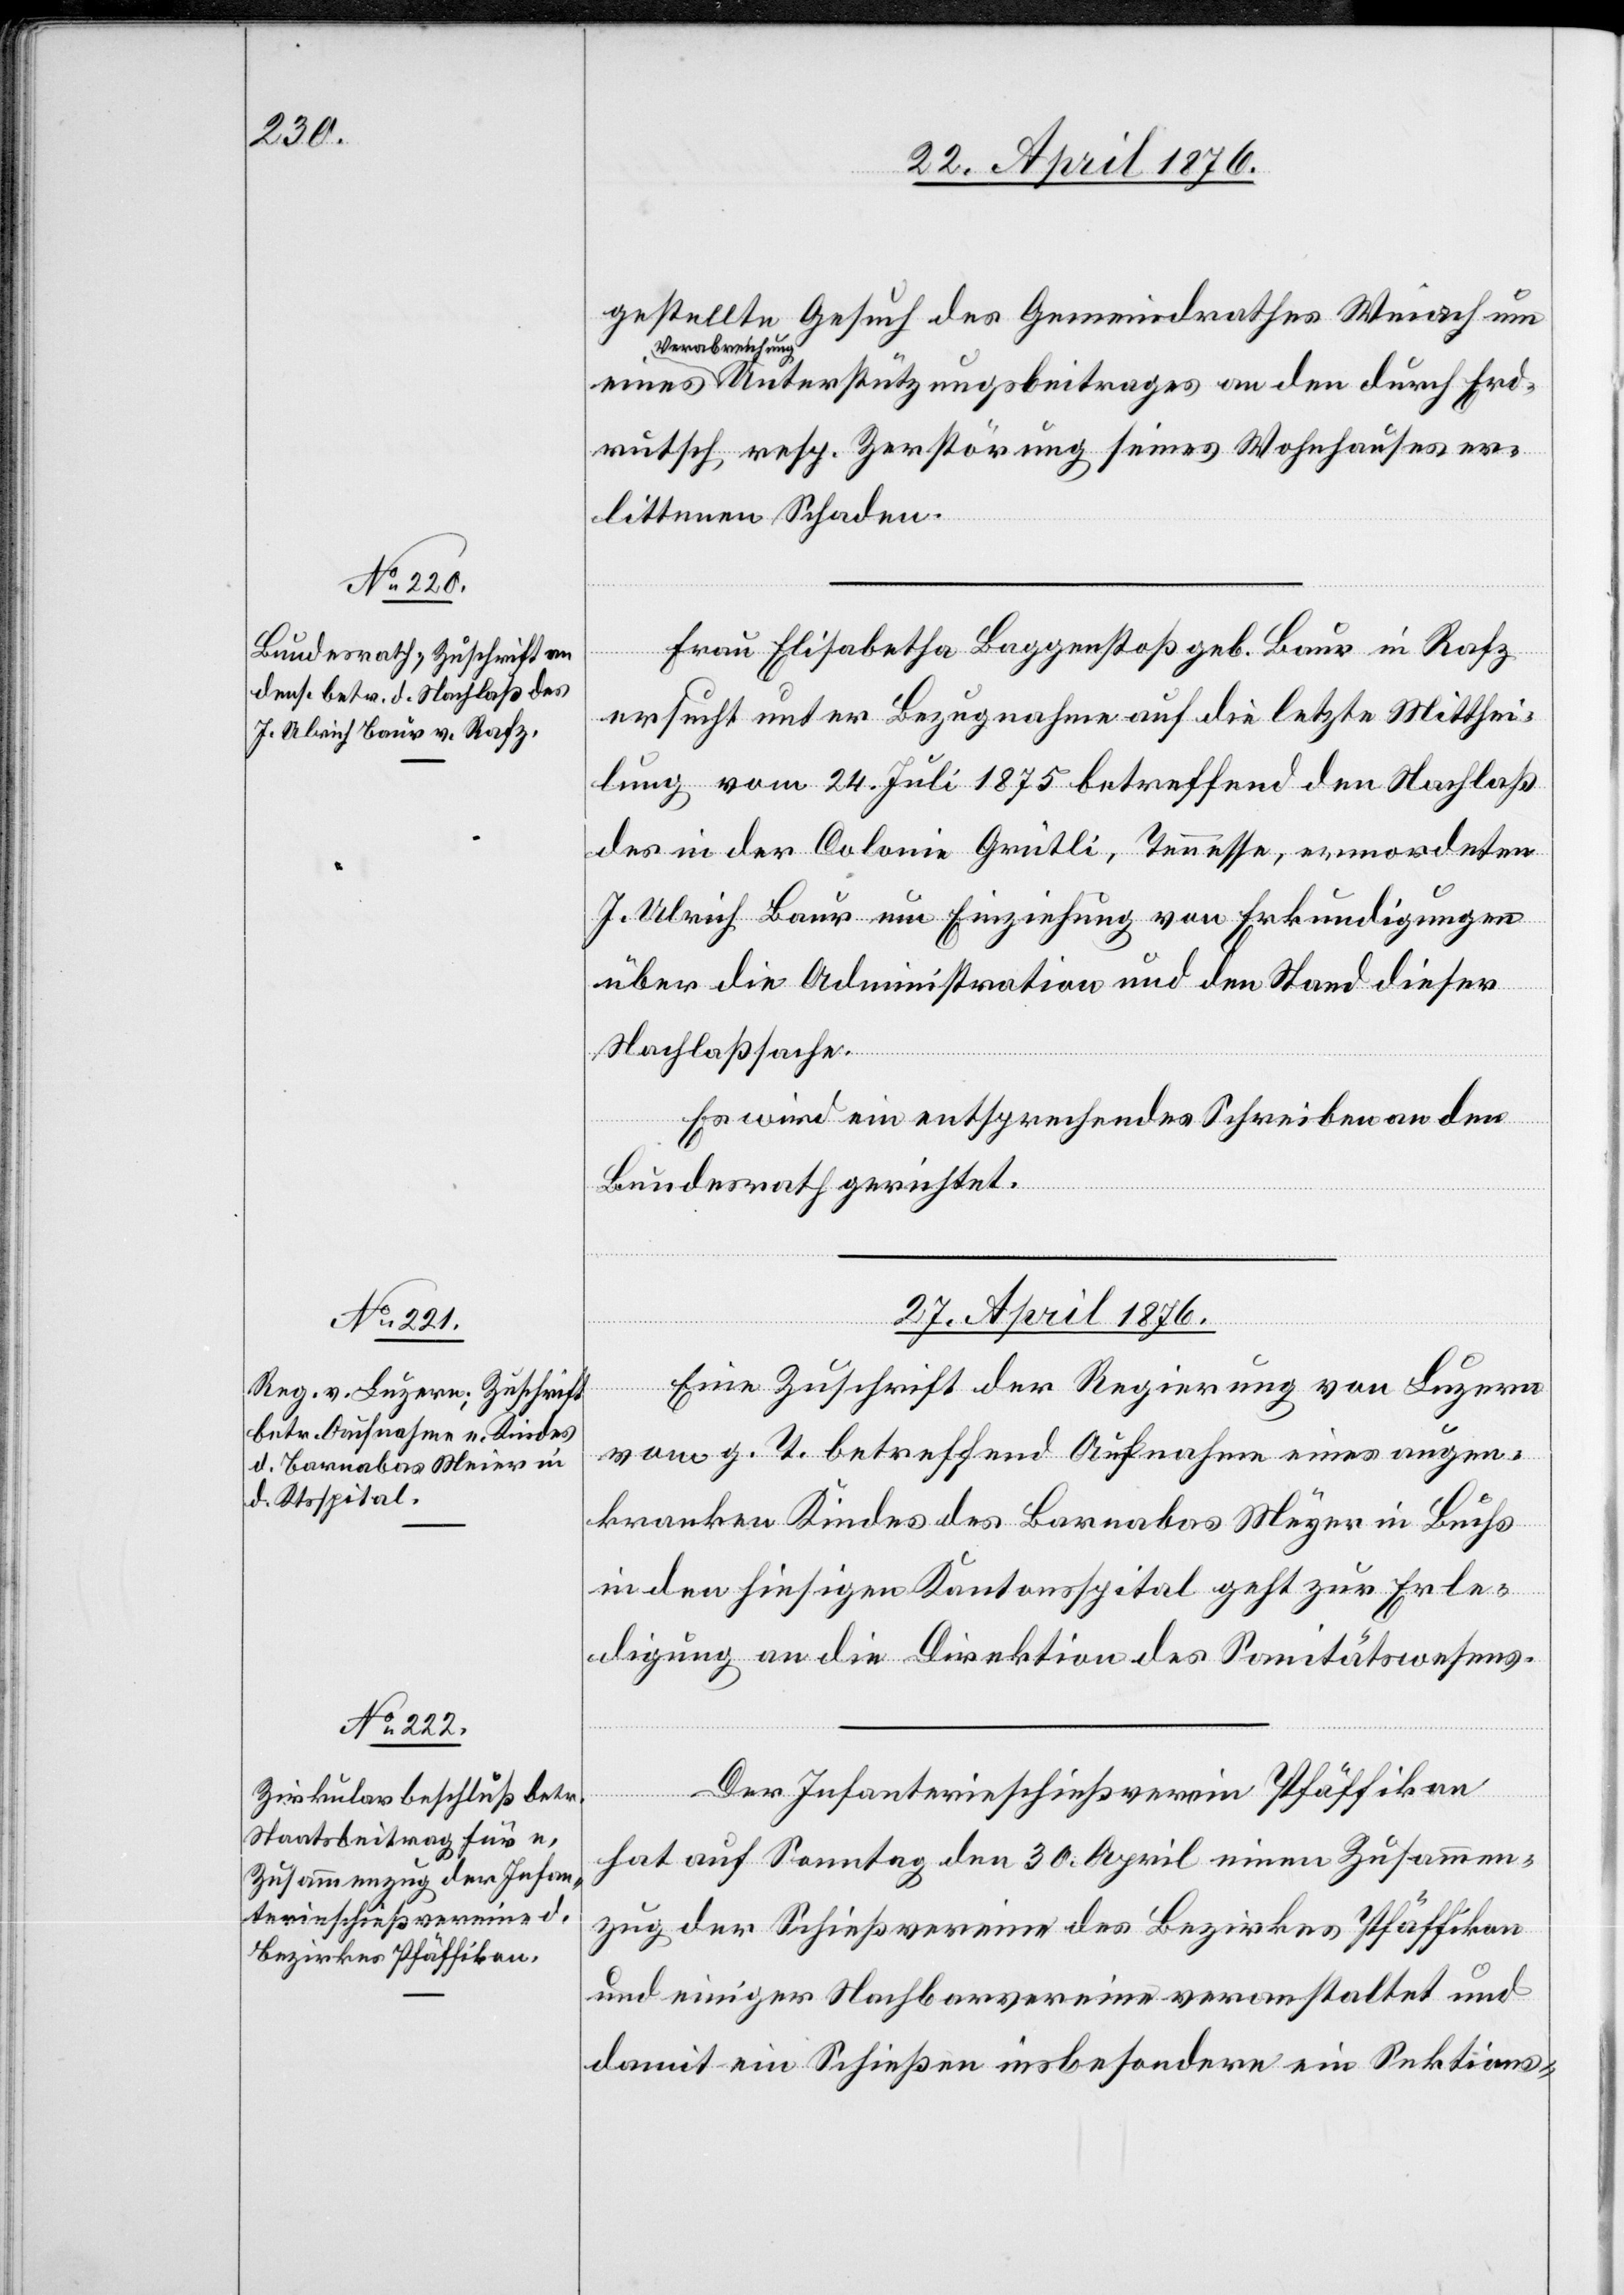
gestellte Gesuch des Gemeindrathes Weiach um
a-Verabreichung-a
rutsch resp. Zerstörung seines Wohnhauses er¬
littenen Schaden.
Frau Elisabetha Baggenstoß geborene Baur in Rafz
ersucht unter Bezugnahme auf die letzte Mitthei¬
lung vom 24. Juli 1875 betreffend den Nachlaß
des in der Colonie Grütli, Tennesse, ermordeten
J. Ulrich Baur um Einziehung von Erkundigungen
in
über die Administration und den Stand dieser
Nachlaßsache.
Es wird ein entsprechendes Schreiben an den
Bundesrath gerichtet.
27. April 1876.]
Eine Zuschrift der Regierung von Luzern
vom g. T. betreffend Aufnahme eines augen¬
kranken Kindes des Barnabas Meyer [sic!]
in den hiesigen Kantonsspital geht zur Erle¬
digung an die Direktion des Sanitätswesens.
Der Infanterieschießverein Pfäffikon
hat auf Sonntag den 30. April einen Zusammen¬
zug der Schießvereine des Bezirksrathes Pfäffikon
und einiger Nachbarvereine veranstaltet und
damit ein Schießen insbesondere ein Sektions-